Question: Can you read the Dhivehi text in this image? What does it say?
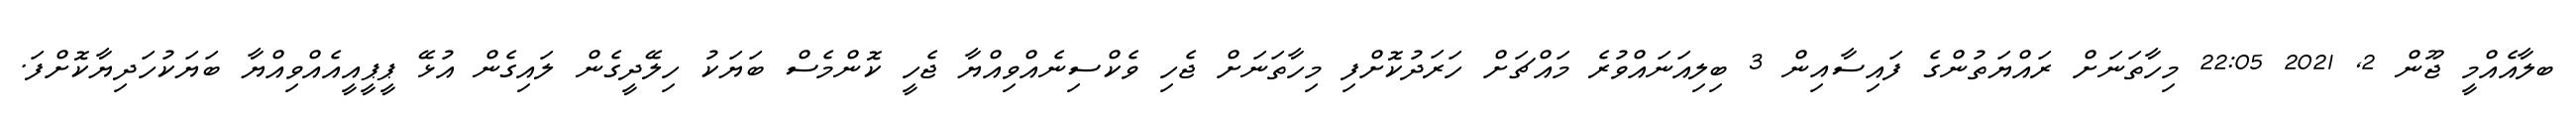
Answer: ބލާއެއްމީ ޖޫން 2, 2021 22:05 މިހާތަނަށް ރައްޔަތުންގެ ފައިސާއިން 3 ބިލިއަނައްވުރެ މައްޗަށް ހަރަދުކޮށްފި މިހާތަނަށް ޖެހި ވެކްސިނެއްވިއްޔާ ޖެހީ ކޮންމެސް ބަޔަކު ހިލޭދީގެން ލައިގެން އުޅޭ ޕީޕީއީއެއްވިއްޔާ ބަޔަކުހަދިޔާކޮށްފަ.